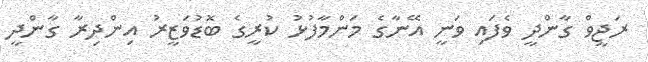
ރަޖީވް ގާންދީ ވެފައި ވަނީ އޭނާގެ މަންމާފުޅު ކުރީގެ ބޮޑުވަޒީރު އިންދިރާ ގާންދީ